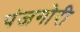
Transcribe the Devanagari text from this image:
पंजगोरी